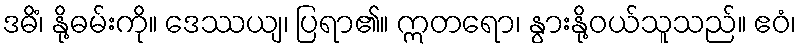
ဒဓိံ၊ နို့ဓမ်းကို။ ဒေဿယျ၊ ပြရာ၏။ ဣတရော၊ နွားနို့ဝယ်သူသည်။ ဧဝံ၊